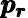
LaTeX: \pmb{p_{r}}